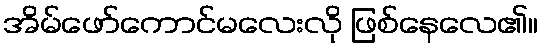
အိမ်ဖော်ကောင်မလေးလို ဖြစ်နေလေ၏။